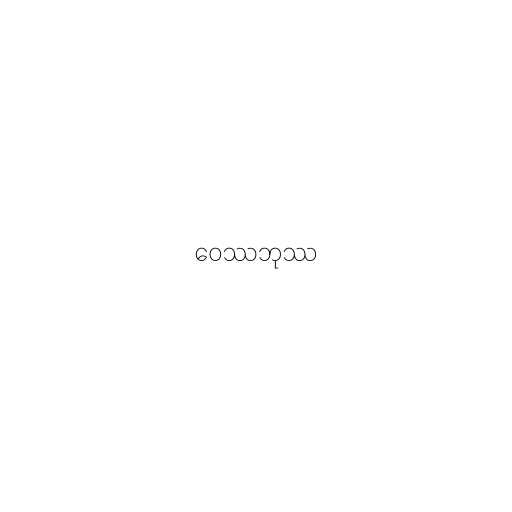
ဝေဿဘုဿ